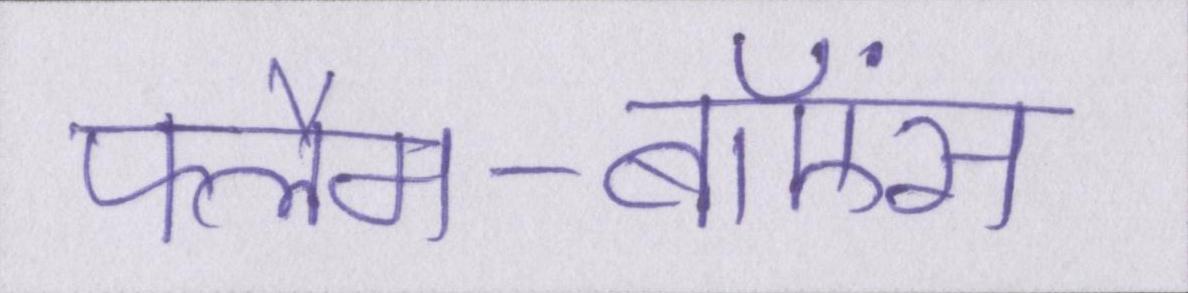
फ्लैम-बॉएंस